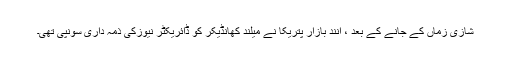
شازی زماں کے جانے کے بعد ، آنند بازار پتریکا نے میلند کھانڈیکر کو ڈائریکٹر نیوزکی ذمہ داری سونپی تھی۔